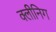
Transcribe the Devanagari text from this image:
क्लीनिग